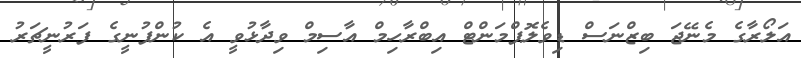
އަލޯރާގެ މެނޭޖަ ބިޒްނަސް ޑިވެލޮޕްމަންޓް އިބްރާހިމް އާސިމް ވިދާޅުވީ އެ ކުންފުނީގެ ފަރުނީޗަރު